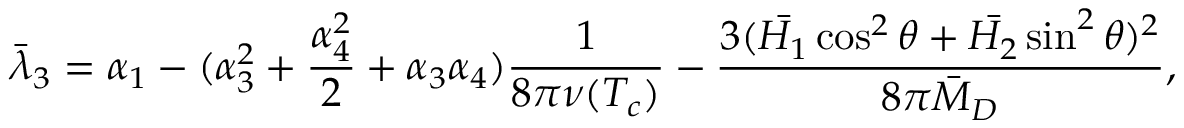
\bar { \lambda } _ { 3 } = \alpha _ { 1 } - ( \alpha _ { 3 } ^ { 2 } + { \frac { \alpha _ { 4 } ^ { 2 } } { 2 } } + \alpha _ { 3 } \alpha _ { 4 } ) { \frac { 1 } { 8 \pi \nu ( T _ { c } ) } } - { \frac { 3 ( \bar { H _ { 1 } } \cos ^ { 2 } \theta + \bar { H _ { 2 } } \sin ^ { 2 } \theta ) ^ { 2 } } { 8 \pi \bar { M } _ { D } } } ,